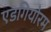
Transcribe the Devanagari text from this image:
एडगियोरम